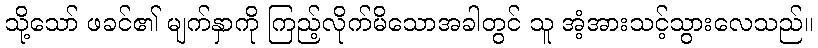
သို့သော် ဖခင်၏ မျက်နှာကို ကြည့်လိုက်မိသောအခါတွင် သူ အံ့အားသင့်သွားလေသည်။